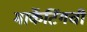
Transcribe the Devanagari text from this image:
मार्केटिंगची